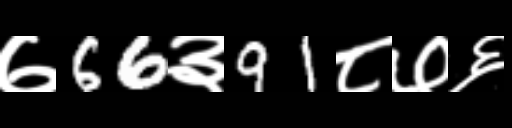
Text: ७66३91८७६